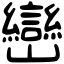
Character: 巒